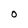
Character: O